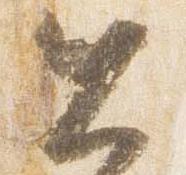
土